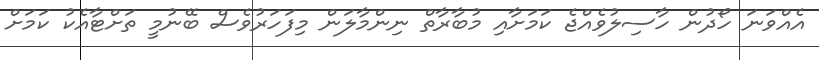
އެއްވަނަ ހޯދުން ހާސިލުވެއްޖެ ކަމަށާއި މުބާރާތް ނިންމާލަން މިފަހަރުވެސް ބޭނުމީ ތަށްޓާއެކު ކަމަށް